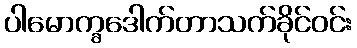
ပါမောက္ခဒေါက်တာသက်ခိုင်ဝင်း